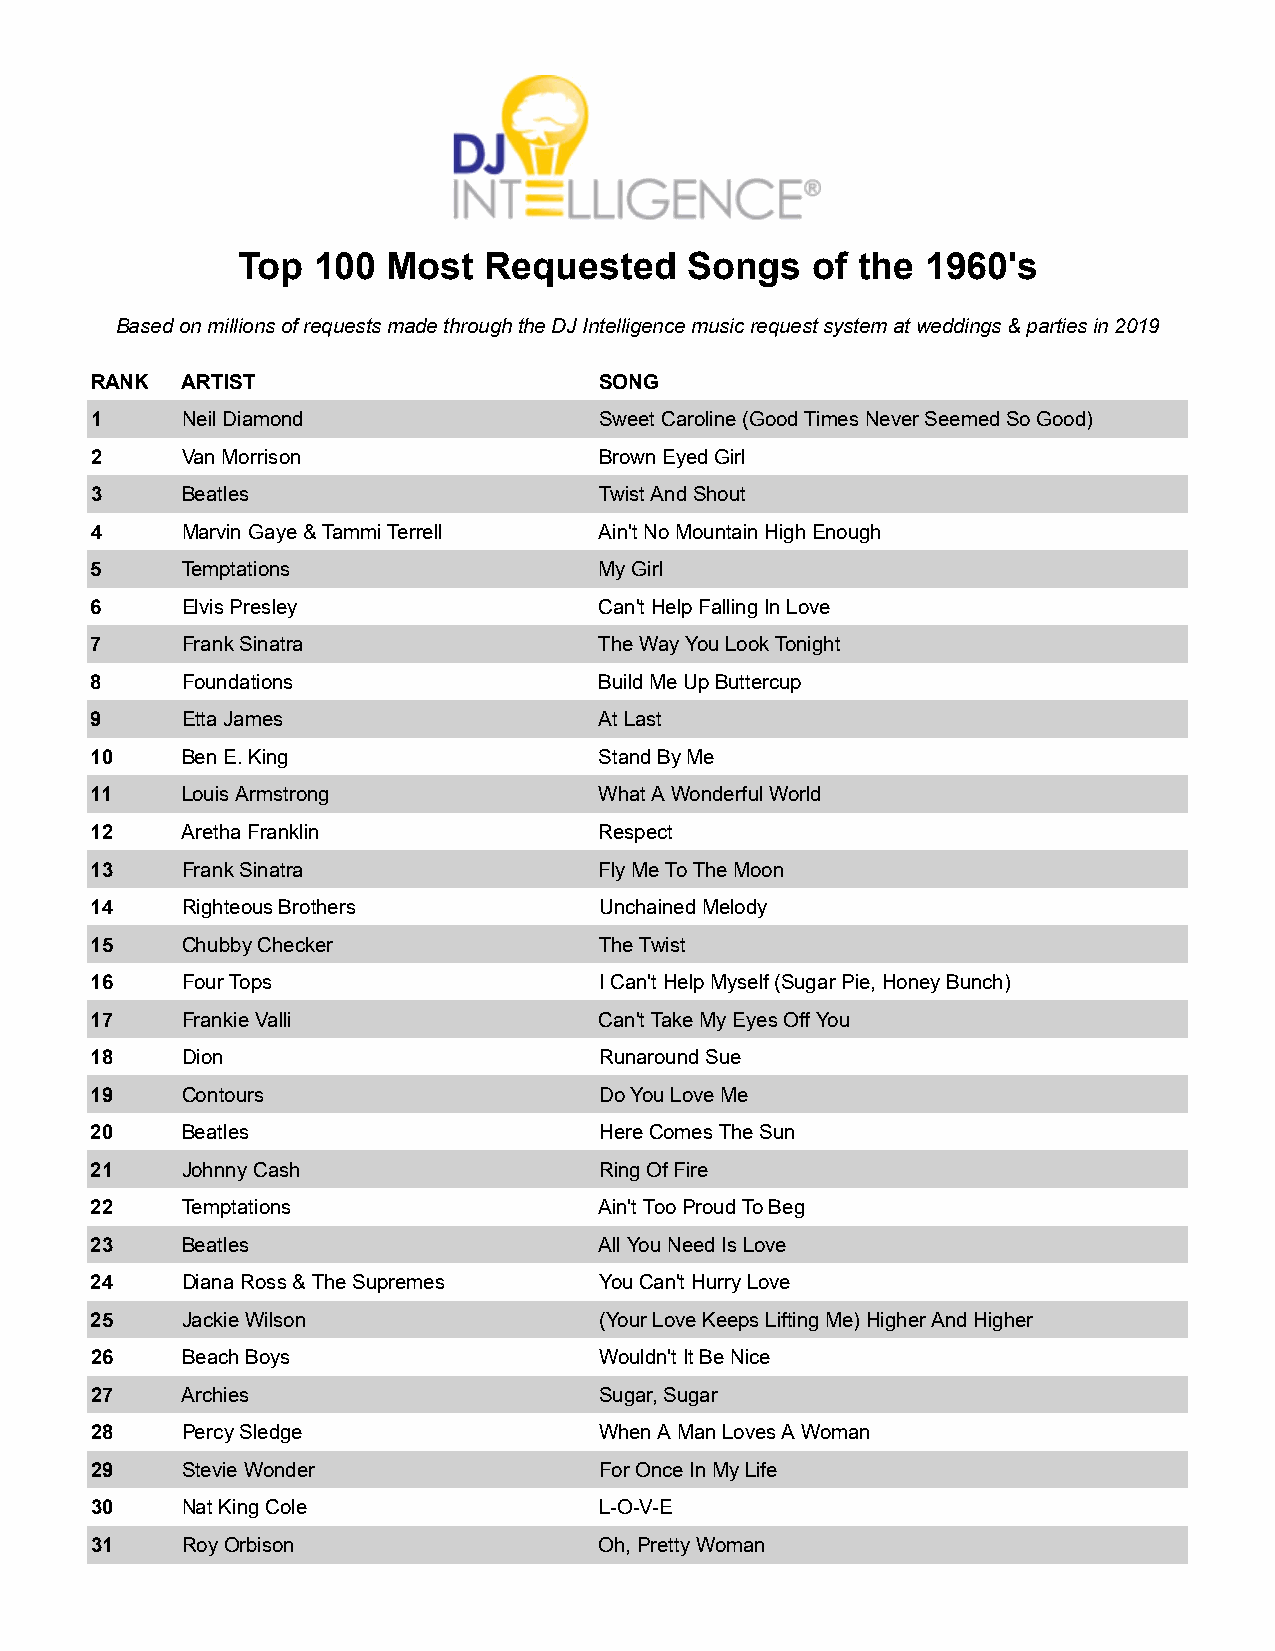
Top  100  Most  Requested    Songs    of the 1960's
 Based on millions of requests made through the DJ Intelligence music request system at weddings & parties in 2019
 RANK  ARTIST                      SONG
 1     Neil Diamond                Sweet Caroline (Good Times Never Seemed So Good)
 2     Van Morrison                Brown Eyed Girl
 3     Beatles                     Twist And Shout
 4     Marvin Gaye & Tammi Terrell Ain't No Mountain High Enough
 5     Temptations                 My Girl
 6     Elvis Presley               Can't Help Falling In Love
 7     Frank Sinatra               The Way You Look Tonight
 8     Foundations                 Build Me Up Buttercup
 9     Etta James                  At Last
 10    Ben E. King                 Stand By Me
 11    Louis Armstrong             What A Wonderful World
 12    Aretha Franklin             Respect
 13    Frank Sinatra               Fly Me To The Moon
 14    Righteous Brothers          Unchained Melody
 15    Chubby Checker              The Twist
 16    Four Tops                   I Can't Help Myself (Sugar Pie, Honey Bunch)
 17    Frankie Valli               Can't Take My Eyes Off You
 18    Dion                        Runaround Sue
 19    Contours                    Do You Love Me
 20    Beatles                     Here Comes The Sun
 21    Johnny Cash                 Ring Of Fire
 22    Temptations                 Ain't Too Proud To Beg
 23    Beatles                     All You Need Is Love
 24    Diana Ross & The Supremes   You Can't Hurry Love
 25    Jackie Wilson               (Your Love Keeps Lifting Me) Higher And Higher
 26    Beach Boys                  Wouldn't It Be Nice
 27    Archies                     Sugar, Sugar
 28    Percy Sledge                When A Man Loves A Woman
 29    Stevie Wonder               For Once In My Life
 30    Nat King Cole               L-O-V-E
 31    Roy Orbison                 Oh, Pretty Woman